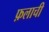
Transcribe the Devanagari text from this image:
फ़लाची